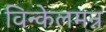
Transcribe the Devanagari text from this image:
विन्केलमन्न